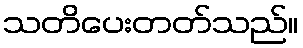
သတိပေးတတ်သည်။